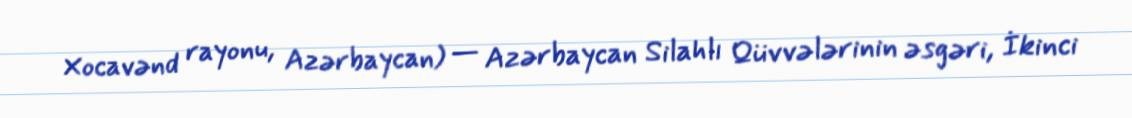
Xocavənd rayonu, Azərbaycan) — Azərbaycan Silahlı Qüvvələrinin əsgəri, İkinci